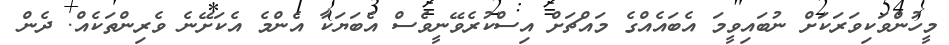
މީހުންވަކިވަރަކަށް ނުބައިވީމަ އެބައެއްގެ މައްޗަށް އިސްކުރެވޭނީވެސް އެބަޔަކާ އެންމެ އެކަށޭނެ ވެރިންތަކެއް. ދެން